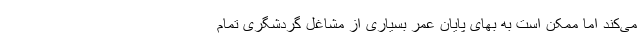
می‌کند اما ممکن است به بهای پایان عمر بسیاری از مشاغل گردشگری تمام